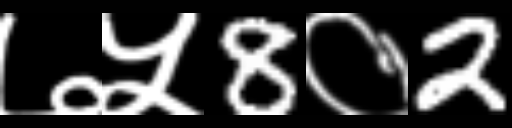
Text: ७५8०2